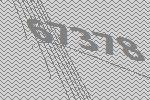
67378